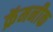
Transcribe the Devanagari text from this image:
क्रॅमनीक